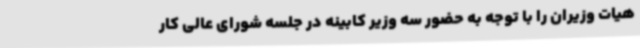
هیات وزیران را با توجه به حضور سه وزیر کابینه در جلسه شورای عالی کار